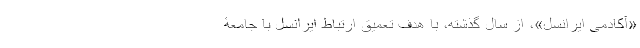
«آکادمی ایرانسل»، از سال گذشته، با هدف تعمیق ارتباط ایرانسل با جامعۀ